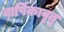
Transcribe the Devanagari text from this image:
वार्षिकावृतू